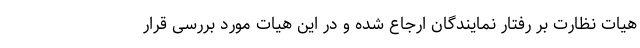
هیات نظارت بر رفتار نمایندگان ارجاع شده و در این هیات مورد بررسی قرار